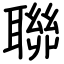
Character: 聯